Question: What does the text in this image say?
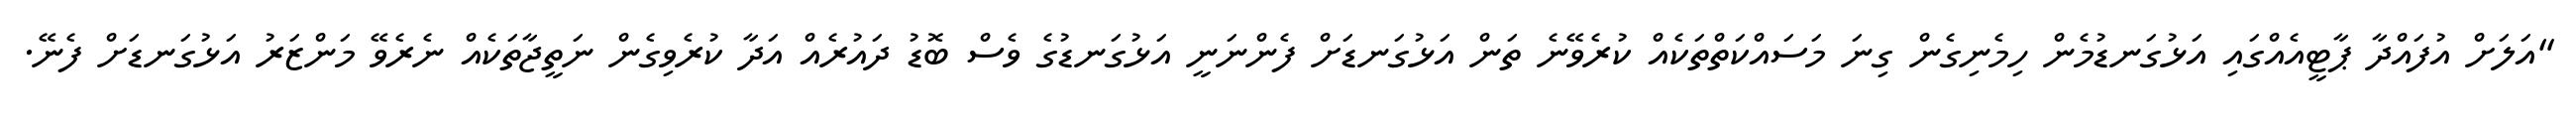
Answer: "އަލަށް އުފައްދާ ޕާޓީއެއްގައި އަޅުގަނޑުމެން ހިމެނިގެން ގިނަ މަސައްކަތްތަކެއް ކުރެވޭނެ ތަން އަޅުގަނޑަށް ފެންނަނީ އަޅުގަނޑުގެ ވެސް ބޮޑު ދައުރެއް އަދާ ކުރެވިގެން ނަތީޖާތަކެއް ނެރެވޭ މަންޒަރު އަޅުގަނޑަށް ފެނޭ.